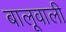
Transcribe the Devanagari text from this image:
बालूवाली